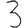
Digit: 3